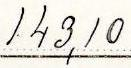
143,10